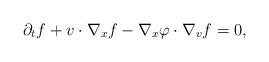
LaTeX: \begin{align*}\partial_t f + v\cdot \nabla_x f - \nabla_x \varphi \cdot \nabla_v f = 0, \end{align*}